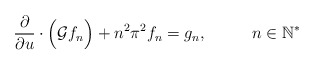
\begin{align*}\dfrac{\partial}{\partial u}\cdot\Big(\mathcal{G}f_n\Big)+n^2\pi^2f_n = g_n,\phantom{HHH} n\in\mathbb{N}^*\end{align*}